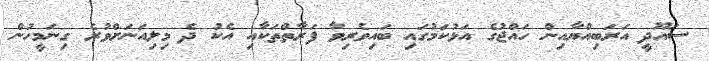
ސައޫދީ އަރަބިއްޔާއިން ހައްޖުގެ އަޅުކަމުގައި ބައިވެރިވާ ފަރާތްތަކާއި އެކު ދެ މިލިއަނަށްވުރެ ގިނަމީހުން